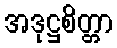
အဒုဋ္ဌစိတ္တာ